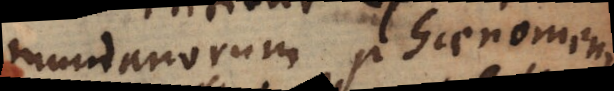
mundanorum phaenomenis